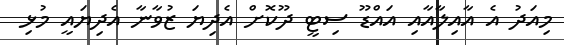
މިއަދު އެ އާއިލާއާއި އައްޑޫ ސިޓީ ދޫކޮށް އެދިޔަ ޒުވާނާ އެދިޔައީ މުޅި